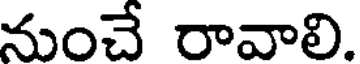
నుంచే రావాలి.